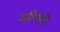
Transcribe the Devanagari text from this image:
अतिगति